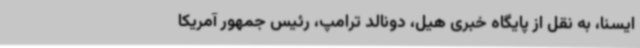
ایسنا، به نقل از پایگاه خبری هیل، دونالد ترامپ، رئیس جمهور آمریکا